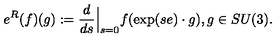
e ^ { R } ( f ) ( g ) : = \frac d { d s } { \Big | } _ { s = 0 } f ( \exp ( s e ) \cdot g ) , g \in S U ( 3 ) .